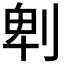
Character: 𠜱